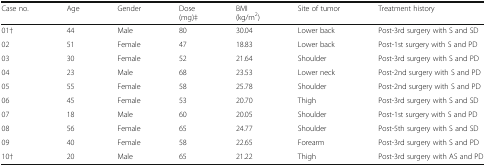
<table><thead><tr><td><b>Case no.</b></td><td><b>Age</b></td><td><b>Gender</b></td><td><b>Dose (mg)‡</b></td><td><b>BMI (kg/m<sup>2</sup>)</b></td><td><b>Site of tumor</b></td><td><b>Treatment history</b></td></tr></thead><tbody><tr><td>01†</td><td>44</td><td>Male</td><td>80</td><td>30.04</td><td>Lower back</td><td>Post-3rd surgery with S and SD</td></tr><tr><td>02</td><td>51</td><td>Female</td><td>47</td><td>18.83</td><td>Lower back</td><td>Post-1st surgery with S and PD</td></tr><tr><td>03</td><td>30</td><td>Female</td><td>52</td><td>21.64</td><td>Shoulder</td><td>Post-3rd surgery with S and PD</td></tr><tr><td>04</td><td>23</td><td>Male</td><td>68</td><td>23.53</td><td>Lower neck</td><td>Post-2nd surgery with S and PD</td></tr><tr><td>05</td><td>55</td><td>Female</td><td>58</td><td>25.78</td><td>Shoulder</td><td>Post-2nd surgery with S and PD</td></tr><tr><td>06</td><td>45</td><td>Female</td><td>53</td><td>20.70</td><td>Thigh</td><td>Post-3rd surgery with S and SD</td></tr><tr><td>07</td><td>18</td><td>Male</td><td>60</td><td>20.05</td><td>Shoulder</td><td>Post-1st surgery with S and PD</td></tr><tr><td>08</td><td>56</td><td>Female</td><td>65</td><td>24.77</td><td>Shoulder</td><td>Post-5th surgery with S and SD</td></tr><tr><td>09</td><td>40</td><td>Female</td><td>58</td><td>22.65</td><td>Forearm</td><td>Post-3rd surgery with S and PD</td></tr><tr><td>10†</td><td>20</td><td>Male</td><td>65</td><td>21.22</td><td>Thigh</td><td>Post-3rd surgery with AS and PD</td></tr></tbody></table>